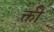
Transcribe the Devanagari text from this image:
क्ती